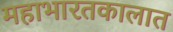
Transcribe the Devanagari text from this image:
महाभारतकालात